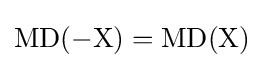
\mathrm {MD(-X)=MD(X)}